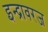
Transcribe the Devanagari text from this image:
इन्द्रावरज